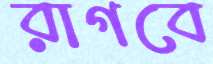
রাগবে